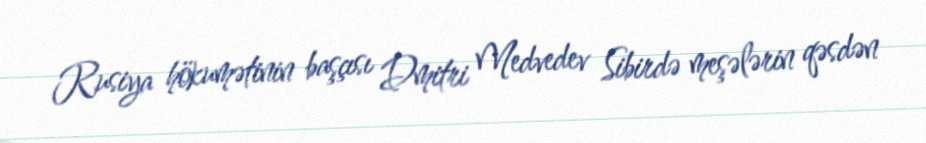
Rusiya hökumətinin başçısı Dmitri Medvedev Sibirdə meşələrin qəsdən